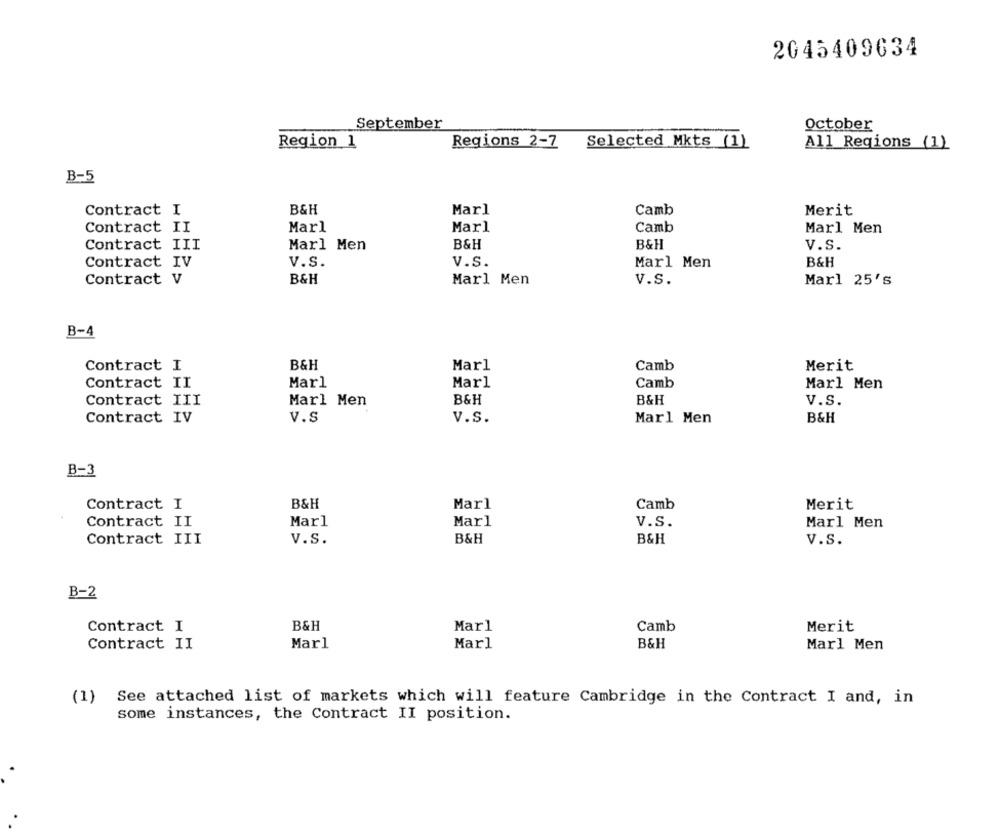
2045409634
September
October
Selected Mkts (1)
Region 1
Regions 2-7
All Regions (1)
B-5
B&H
Contract I
Marl
Camb
Merit
Camb
Contract II
Marl
Marl
Marl Men
Contract III
Marl Men
B&H
B&H
V.S.
Contract IV
v.s.
v.s.
Marl Men
B&H
Contract V
B&H
Marl Men
v.s.
Marl 25's
B-4
Contract I
B&H
Marl
Camb
Merit
Contract II
Marl
Marl
Camb
Marl Men
Contract III
Marl Men
B&H
B&H
v.s.
V.s
B&H
Contract IV
v.s.
Marl Men
B-3
Contract I
B&H
Marl
Camb
Merit
Contract II
Marl
Marl
v.s.
Marl Men
Contract III
V.s.
B&H
B&H
v.s.
B-2
Contract I
B&H
Marl
Camb
Merit
B&H
Contract II
Marl
Marl
Marl Men
(1)
See attached list of markets which will feature Cambridge in the Contract I and, in
some instances, the Contract II position.